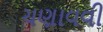
ચણાવવી